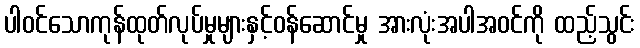
ပါဝင်သောကုန်ထုတ်လုပ်မှုများနှင့်ဝန်ဆောင်မှု အားလုံးအပါအဝင်ကို ထည့်သွင်း